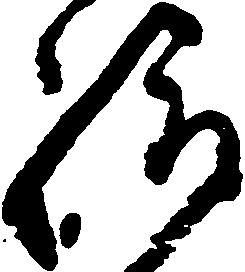
給